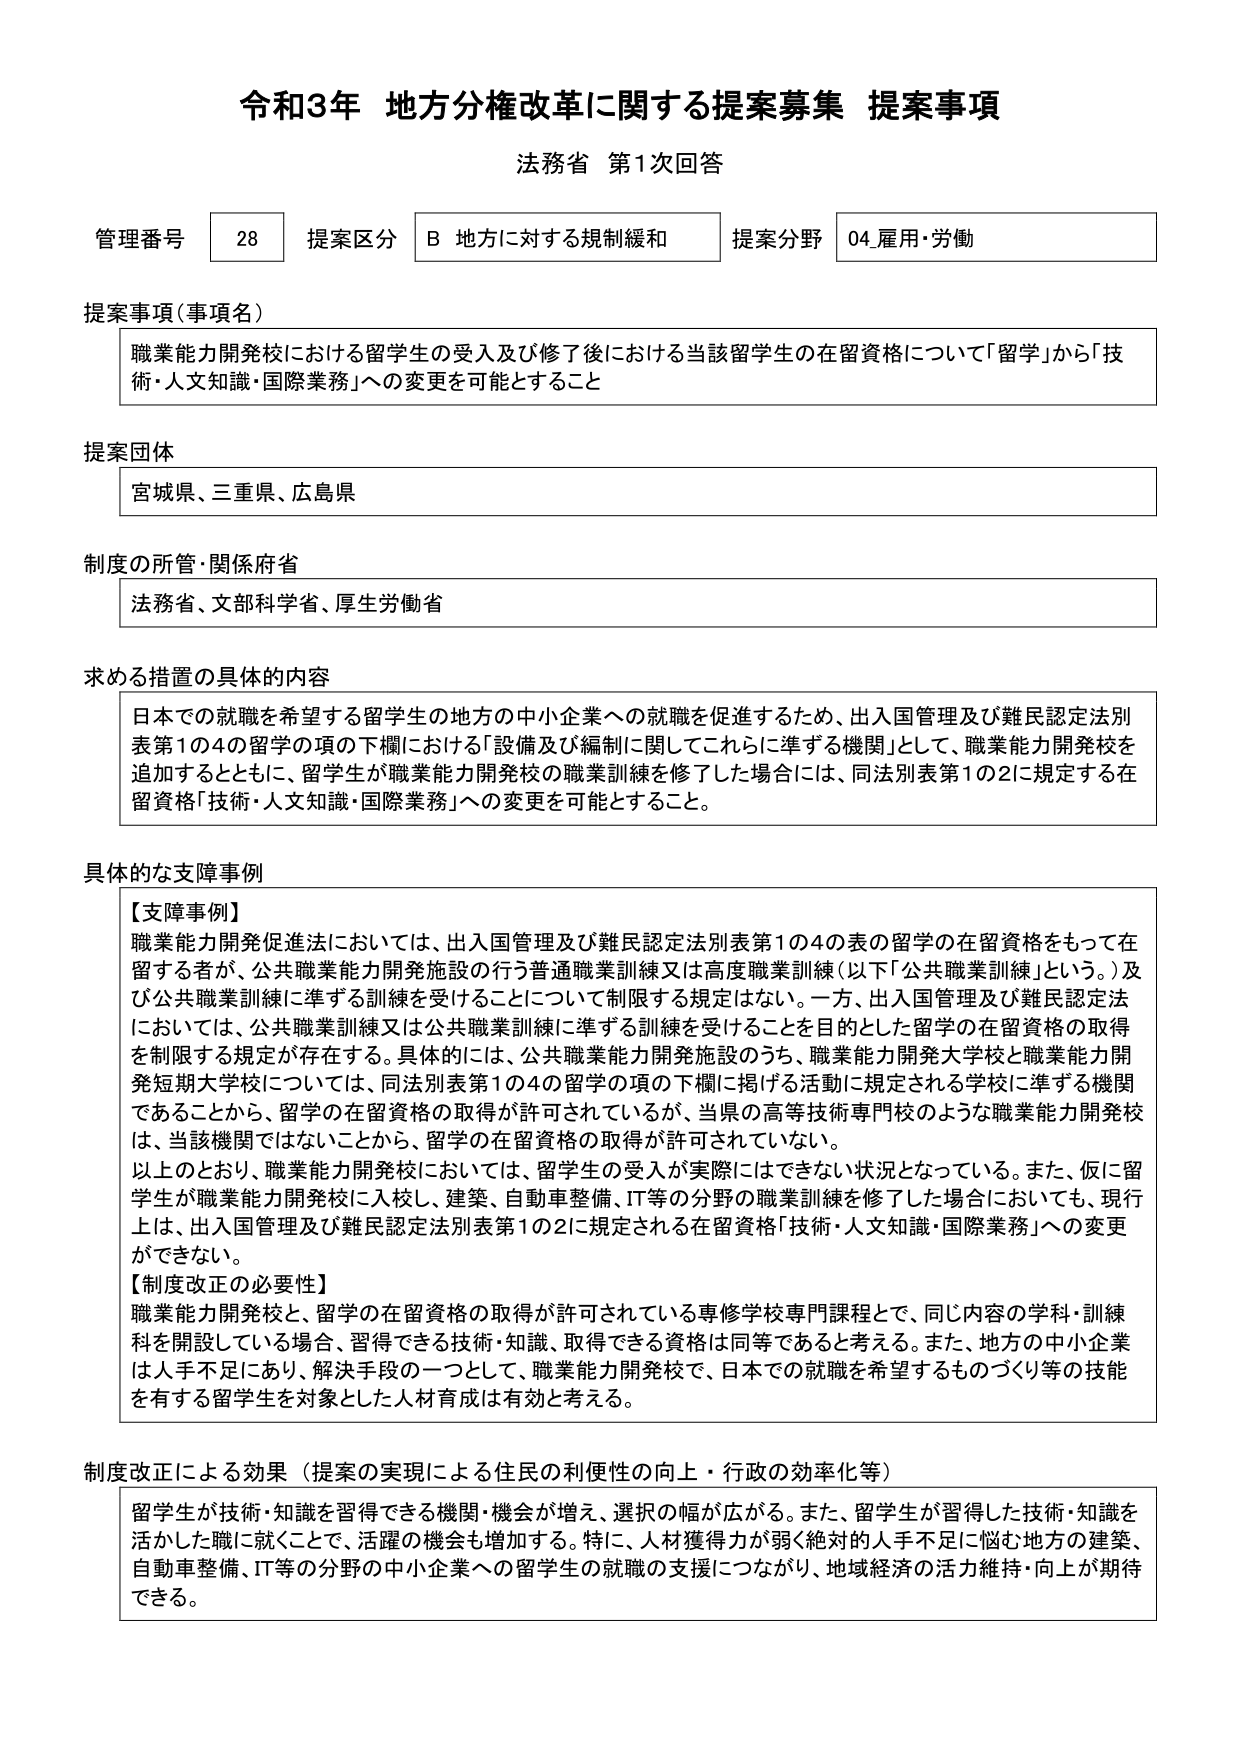
令和3年 地方分権改革に関する提案募集 提案事項
法務省 第1次回答

管理番号 28 提案区分 B 地方に対する規制緩和 提案分野 04.雇用・労働

提案事項（事項名）
職業能力開発校における留学生の受入及び修了後における当該留学生の在留資格について「留学」から「技術・人文知識・国際業務」への変更を可能とすること

提案団体
宮城県、三重県、広島県

制度の所管・関係府省
法務省、文部科学省、厚生労働省

求める措置の具体的内容
日本での就職を希望する留学生の地方の中小企業への就職を促進するため、出入国管理及び難民認定法別表第1の4の留学の項の下欄における「設備及び編制に関してこれらに準ずる機関」として、職業能力開発校を追加するとともに、留学生が職業能力開発校の職業訓練を修了した場合には、同法別表第1の2に規定する在留資格「技術・人文知識・国際業務」への変更を可能とすること。

具体的な支障事例
【支障事例】
職業能力開発促進法においては、出入国管理及び難民認定法別表第1の4の表の留学の在留資格をもって在留する者が、公共職業能力開発施設の行う普通職業訓練又は高度職業訓練（以下「公共職業訓練」という。）及び公共職業訓練に準ずる訓練を受けることについて制限する規定はない。一方、出入国管理及び難民認定法においては、公共職業訓練又は公共職業訓練に準ずる訓練を受けることを目的とした留学の在留資格の取得を制限する規定が存在する。具体的には、公共職業能力開発施設のうち、職業能力開発大学校と職業能力開発短期大学校に、同法別表第1の4の留学の項の下欄に掲げる活動に規定される学校に準ずる機関であることから、留学の在留資格の取得が許可されているが、当県の高等技術専門校のような職業能力開発校は、当該機関ではないことから、留学の在留資格の取得が許可されていない。
以上のとおり、職業能力開発校においては、留学生の受入が実際にはできない状況となっている。また、仮に留学生が職業能力開発校に入校し、建築、自動車整備、IT等の分野の職業訓練を修了した場合においても、現行上は、出入国管理及び難民認定法別表第1の2に規定される在留資格「技術・人文知識・国際業務」への変更ができない。
【制度改正の必要性】
職業能力開発校と、留学の在留資格の取得が許可されている専修学校専門課程とで、同じ内容の学科・訓練科を開設している場合、習得できる技術・知識、取得できる資格は同等であると考える。また、地方の中小企業は人手不足にあり、解決手段の一つとして、職業能力開発校で、日本での就職を希望するものづくり等の技能を有する留学生を対象とした人材育成は有効と考える。

制度改正による効果（提案の実現による住民の利便性の向上・行政の効率化等）
留学生が技術・知識を習得できる機関・機会が増え、選択の幅が広がる。また、留学生が習得した技術・知識を活かした職に就くことで、活躍の機会も増加する。特に、人材獲得力が弱く絶対的人手不足に悩む地方の建築、自動車整備、IT等の分野の中小企業への留学生の就職の支援につながり、地域経済の活力維持・向上が期待できる。